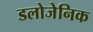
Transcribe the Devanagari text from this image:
डलोजेनिक